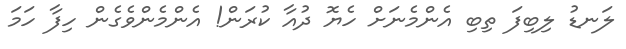
ލަނޑު ލިބިފަ ތިބި އެންމެނަށް ހެޔޮ ދުއާ ކުރަން! އެންމެންވެގެން ހިފާ ހަމަ